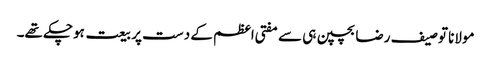
مولانا توصیف رضا بچپن ہی سے مفتی اعظم کے دست پر بیعت ہوچکے تھے۔